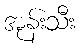
အုန်းသီး